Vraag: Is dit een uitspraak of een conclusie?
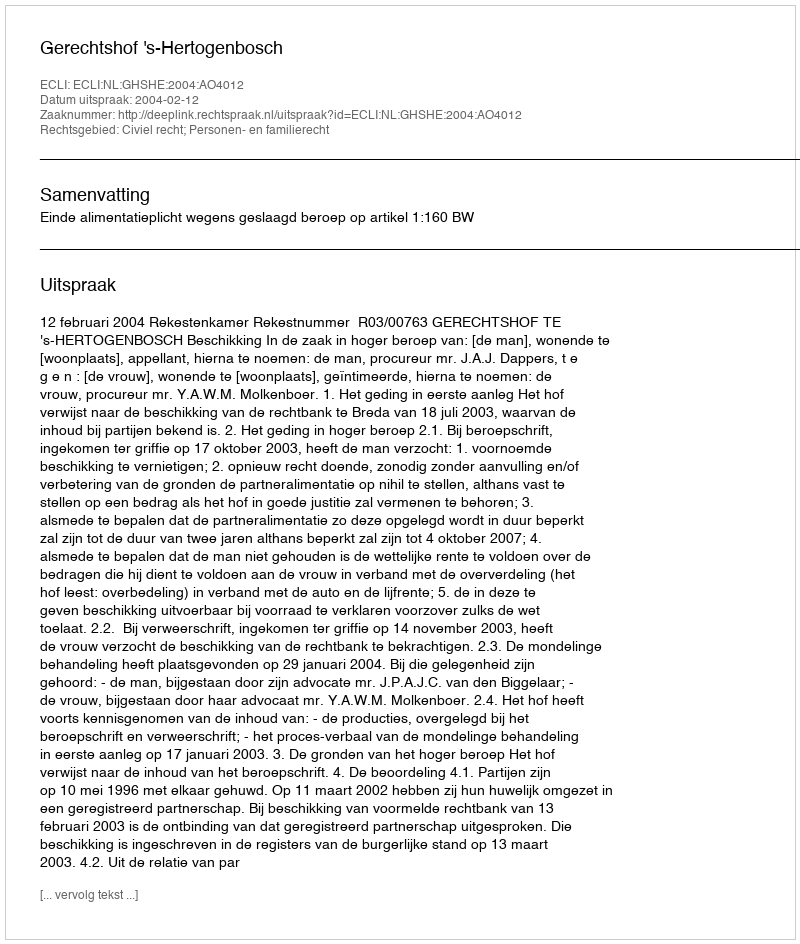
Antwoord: Uitspraak